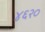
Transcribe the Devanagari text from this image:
४६२०